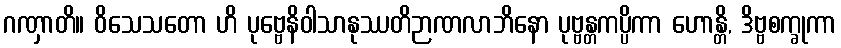
ဂဏှာတိ။ ဝိသေသတော ဟိ ပုဗ္ဗေနိဝါသာနုဿတိဉာဏလာဘိနော ပုဗ္ဗန္တကပ္ပိကာ ဟောန္တိ, ဒိဗ္ဗစက္ခုကာ